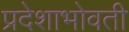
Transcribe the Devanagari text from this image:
प्रदेशाभोवती